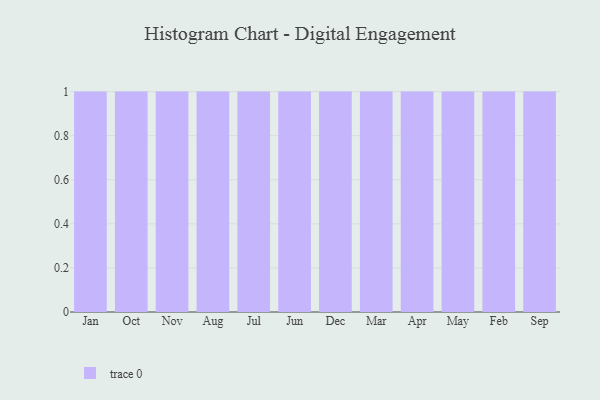
{"axis": {"x": "Month", "y": "Headcount"}, "legend": [""], "data": [{"x": "Jan", "y": 18, "type": ""}, {"x": "Oct", "y": 58, "type": ""}, {"x": "Nov", "y": 5, "type": ""}, {"x": "Aug", "y": 44, "type": ""}, {"x": "Jul", "y": 33, "type": ""}, {"x": "Jun", "y": 41, "type": ""}, {"x": "Dec", "y": 61, "type": ""}, {"x": "Mar", "y": 68, "type": ""}, {"x": "Apr", "y": 77, "type": ""}, {"x": "May", "y": 48, "type": ""}, {"x": "Feb", "y": 82, "type": ""}, {"x": "Sep", "y": 18, "type": ""}]}